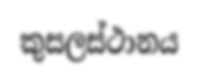
කුසලස්ථානය